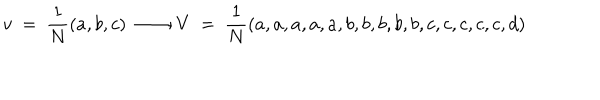
v \ = \ { \frac { 1 } { N } } ( a , b , c ) \ \longrightarrow \ V \ = \ { \frac { 1 } { N } } ( a , a , a , a , a , b , b , b , b , b , c , c , c , c , c , d )